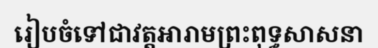
រៀបចំទៅជាវត្តអារាមព្រះពុទ្ធសាសនា